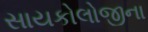
સાયકોલોજીના